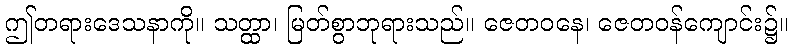
ဤတရားဒေသနာကို။ သတ္ထာ၊ မြတ်စွာဘုရားသည်။ ဇေတဝနေ၊ ဇေတဝန်ကျောင်း၌။